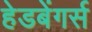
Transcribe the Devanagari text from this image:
हेडबेंगर्स